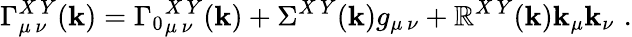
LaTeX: \Gamma_{\mu\, \nu}^{X\, Y}(\mathbf{k})={\Gamma_{0}}_{\mu\, \nu}^{X\, Y}(\mathbf{k})+\Sigma^{X\, Y}(\mathbf{k})g_{\mu\, \nu}+\mathbb{R}^{X\, Y}(\mathbf{k})\mathbf{k}_{\mu}\mathbf{k}_{\nu}\, \, .